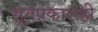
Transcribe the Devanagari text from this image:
सूर्यप्रकाशही